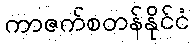
ကာဇက်စတန်နိုင်ငံ